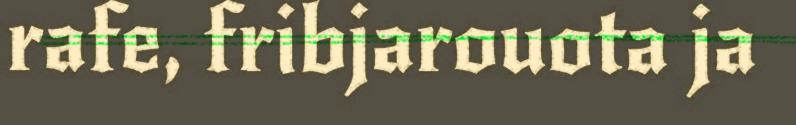
rafe, fribjarouota ja